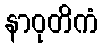
နာဝုတိကံ